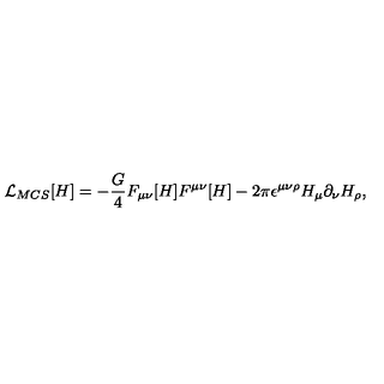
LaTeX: { \cal L } _ { M C S } [ H ] = - \frac { G } { 4 } F _ { \mu \nu } [ H ] F ^ { \mu \nu } [ H ] - 2 \pi \epsilon ^ { \mu \nu \rho } H _ { \mu } \partial _ { \nu } H _ { \rho } ,